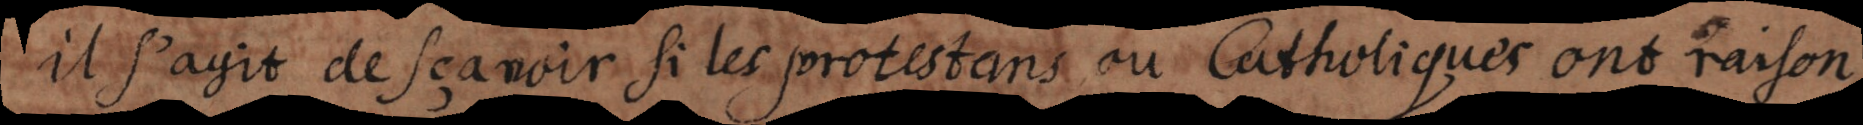
il s’agit de sçavoir si les protestans ou Catholiques ont raison;